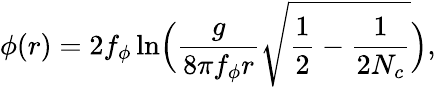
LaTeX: \phi(r)=2f_{\phi}\ln\! \Big(\frac{g}{8\pi f_{\phi}r}\sqrt{\frac{1}{2}-\frac{1}{2N_{c}}}\Big),